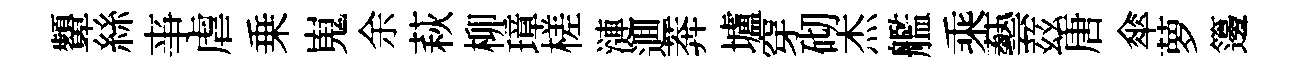
顰絲亊虐乗嵬余萩柳璋槎漣逥莾壚穿砌杰艦乘藝兹唐傘萝籩